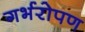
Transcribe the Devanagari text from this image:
गर्भरोपण